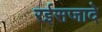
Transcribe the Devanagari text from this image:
रईसजादे